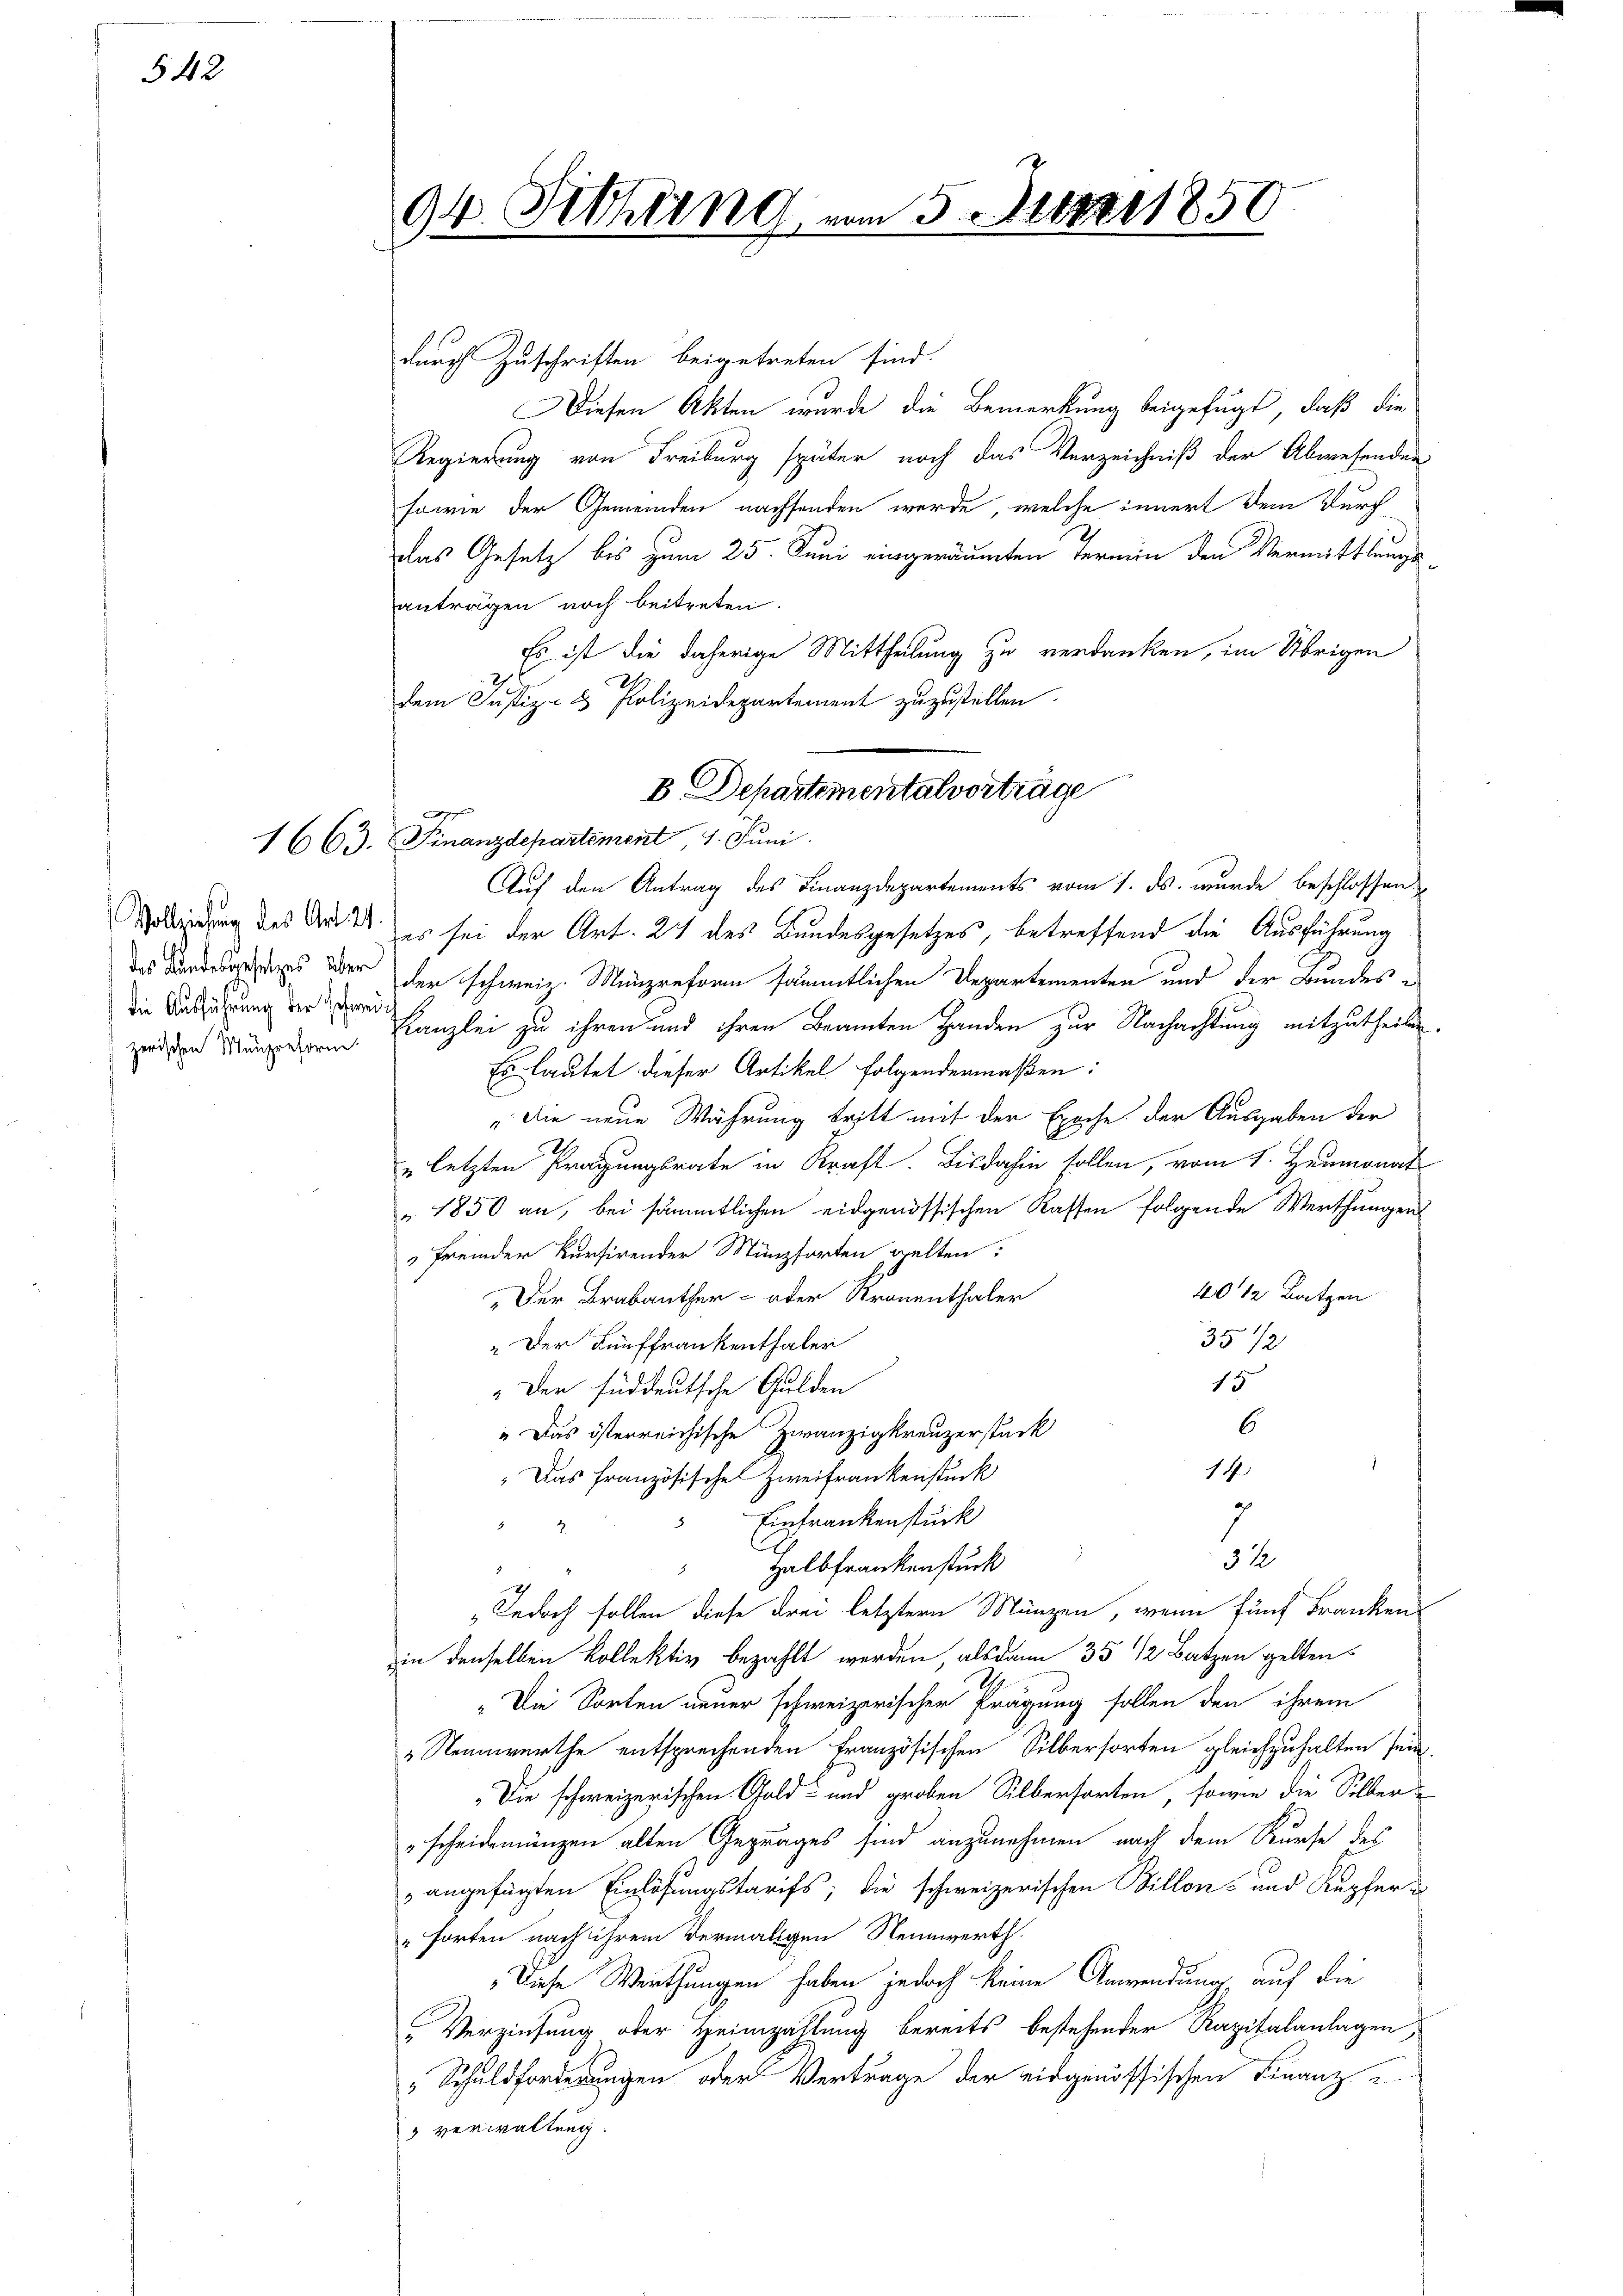
542

die Ausführung der Schwei¬

94. Sitzung

durch Zuschriften beigetreten sind.
Diesen Akten wurde die Bemerkung beigefügt, daß die
Regierung von Freiburg später noch das Verzeichniß der Abwesenden
sowie der Gemeinden nachsenden werde, welche innert dem Durchdas Gesetz bis zum 25. Juni eingeräumten Termin den Vermittlungsanträgen noch beitreten.
Es ist die daherige Mittheilung zu verdanken, im Übrigen
.
dem Justiz- & Polizeidepartement zuzustellen.
1663. Finanzdepartement 7. Juni
Auf den Antrag des Finanzdepartements vom 1. ds. wurde beschlossen
Grbindung des Und es sei der Art. 27 des Bundesgesetzes, betreffend die Ausführung
des des über der schweiz. Münzreform sämmtlichen Departementen und der Bundes e
 Kanzlei zu ihren und ihren Beamten Handen zur Nachachtung mitzutheilen.
Es lautet dieser Artikel folgendermaßen:
"Die neue Währung tritt mit der Epoche der Ausgaben der
" letzten Prägungsrate in Kraft. Bis dahin sollen, vom 1. Heumonat
1850 an, bei sämmtlichen eidgenössischen Kassen folgende Werthungen
 fremder kursirender Münzsorten gelten:
4012 Batzen
Der Brabanther - oder Kronenthaler
35/2
" Der Fünffrankenthaler
15
" Der süddeutsche Gulden
6
" Das österreichische Zwanzigkreuzerstück
14
Das Französischen Zweifrankenstück
7
Einfrankenstück
H
3 x
Halbfrankenstück
„Jedoch sollen diese drei letztern Münzen, wenn fünf Frankens
in denselben Kollektiv bezahlt werden, alsdann 35 1/2 Batzen gelten.
„Die Sorten neuer schweizerischer Prägung sollen den ihrem
"Nennwerthe entsprechenden Französischen Silbersorten gleichzuhalten sein.
„Die schweizerischen Gold- und groben Silberforten, sowie die Silber
scheidemünzen alten Gepräges sind anzunehmen nach dem Kurse des
angefügten Einlösungstarifs; die schweizerischen Billon- und Kupfer-
"Forten nach ihrem Vermaligen Nennwerth.
Diese Werthungen haben jedoch keine Anwendung auf die
Verziehung oder Heimzahlung bereits bestehender Kapitalanlagen,
„Schuldforderungen oder Vertrage der eidgenössischen Finanz u.
 verwaltung.

pf

am 5. Mai 1850.

B Departementalverträge